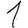
Digit: 1